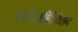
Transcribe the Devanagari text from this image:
आईडनटीफिकेशन